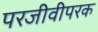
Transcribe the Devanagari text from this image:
परजीवीपरक